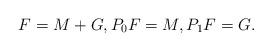
LaTeX: \begin{align*}F=M+G, P_{0}F=M, P_{1}F=G.\end{align*}